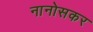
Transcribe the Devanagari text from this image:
नानोसकर